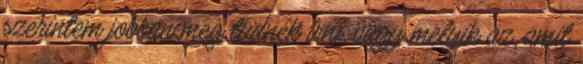
szerintem jobban meg tudnék írni, vagy melyik az, amit